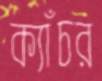
ক্যাঁচর